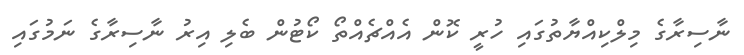
ނާސިރާގެ މިލްކިއްޔާތުގައި ހުރީ ކޮން އެއްޗެއްތޯ ކޯޓުން ބެލި އިރު ނާސިރާގެ ނަމުގައި